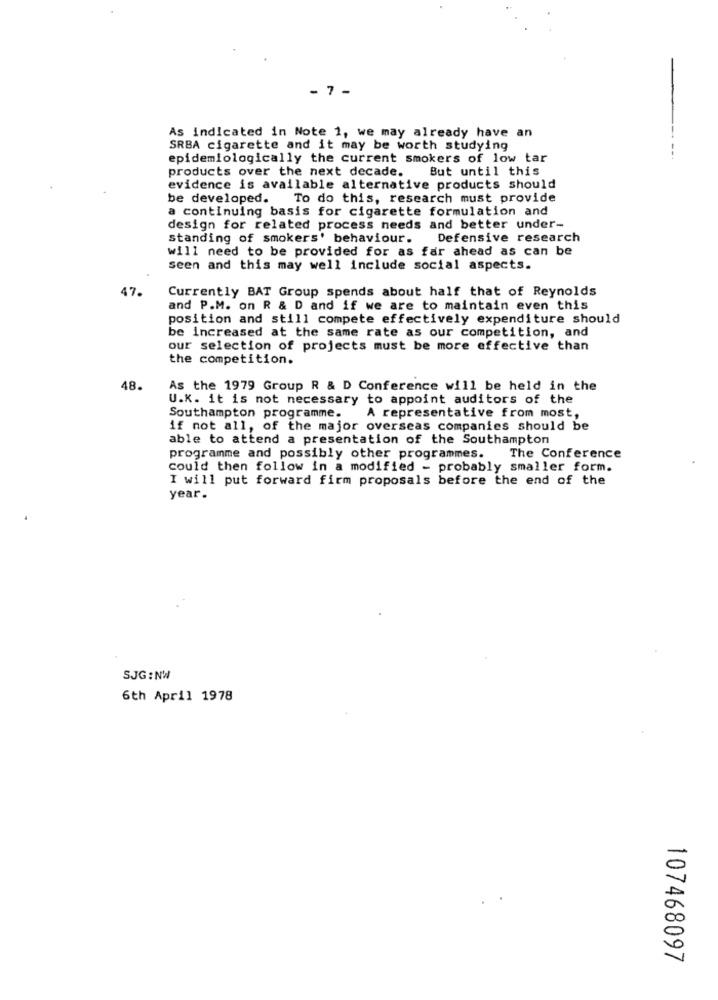
- 7 -
As indicated in Note 1, we may already have an
SRBA cigarette and it may be worth studying
epidemiologically the current smokers of low tar
products over the next decade.
But until this
evidence is available alternative products should
be developed.
To do this, research must provide
a continuing basis for cigarette formulation and
design for related process needs and better under-
standing of smokers' behaviour.
Defensive research
will need to be provided for as far ahead as can be
seen and this may well include social aspects.
47.
Currently BAT Group spends about half that of Reynolds
and P.M. on R & D and if we are to maintain even this
position and still compete effectively expenditure should
be increased at the same rate as our competition, and
our selection of projects must be more effective than
the competition.
48.
As the 1979 Group R & D Conference will be held in the
U.K. it is not necessary to appoint auditors of the
Southampton programme.
A representative from most,
if not all, of the major overseas companies should be
able to attend a presentation of the Southampton
programme and possibly other programmes. The Conference
could then follow in a modified - probably smaller form.
I will put forward firm proposals before the end of the
year.
SJG :NW
6th April 1978
107468097